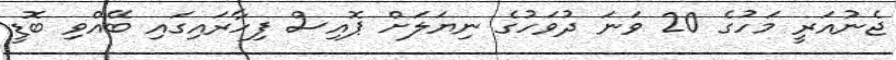
ޖެނުއަރީ މަހުގެ 20 ވަނަ ދުވަހުގެ ނިޔަލަށް ޕޮއިސް ފިހާރައިގައި ބޭއްވި ބޮޑީ